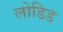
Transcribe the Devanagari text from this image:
लोडिड